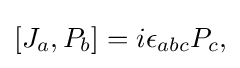
[J_{a},P_{b}]=i\epsilon _{abc}P_{c},\,\!